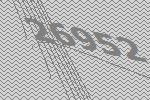
26952